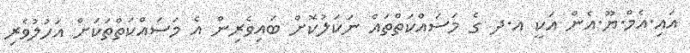
އައި.އެމް.ޔޫ.އެން އަކީ އ.ދ ގެ މަސައްކަތްތައް ނަކަލުކޮށް ބައިވެރިން އެ މަސައްކަތްތަކަށް އަހުލުވެރި